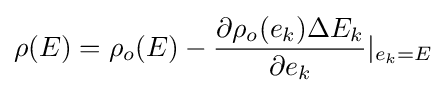
\rho (E)=\rho _{o}(E)-{\frac {\partial \rho _{o}(e_{k})\Delta E_{k}}{\partial e_{k}}}\vert _{e_{k}=E}